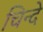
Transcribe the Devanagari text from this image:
चिन्दे